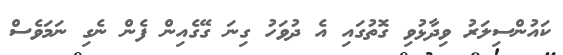
ކައުންސިލަރު ވިދާޅުވި ގޮތުގައި އެ ދުވަހު ގިނަ ގޭގެއިން ފެން ނެގި ނަމަވެސް